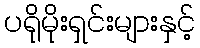
ပရိုမိုးရှင်းများနှင့်